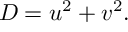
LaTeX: D = u ^ { 2 } + v ^ { 2 } .